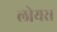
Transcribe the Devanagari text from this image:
लोयर।